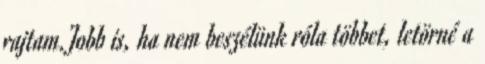
rajtam.Jobb is, ha nem beszélünk róla többet, letörné a